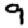
Digit: 9